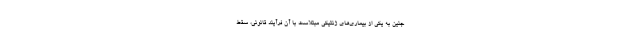
جنین به یکی از بیماری‌های ژنتیکی مبتلاست با آن فرآیند قانونی، سقط